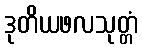
ဒုတိယဖလသုတ္တံ